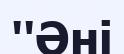
''Әні